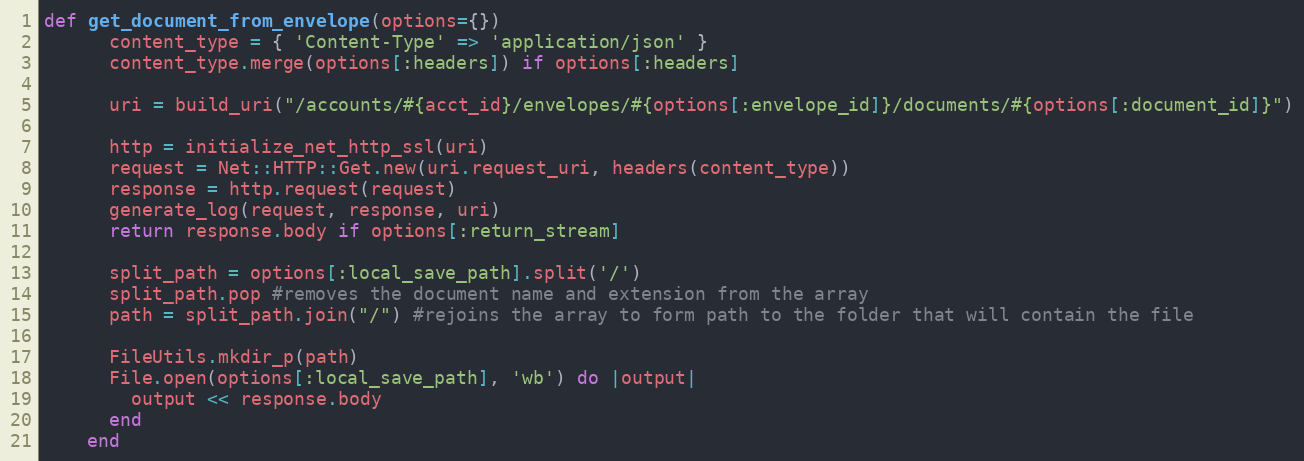
Language: Ruby
def get_document_from_envelope(options={})
      content_type = { 'Content-Type' => 'application/json' }
      content_type.merge(options[:headers]) if options[:headers]

      uri = build_uri("/accounts/#{acct_id}/envelopes/#{options[:envelope_id]}/documents/#{options[:document_id]}")

      http = initialize_net_http_ssl(uri)
      request = Net::HTTP::Get.new(uri.request_uri, headers(content_type))
      response = http.request(request)
      generate_log(request, response, uri)
      return response.body if options[:return_stream]

      split_path = options[:local_save_path].split('/')
      split_path.pop #removes the document name and extension from the array
      path = split_path.join("/") #rejoins the array to form path to the folder that will contain the file

      FileUtils.mkdir_p(path)
      File.open(options[:local_save_path], 'wb') do |output|
        output << response.body
      end
    end